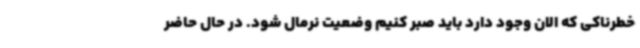
خطرناکی که الان وجود دارد باید صبر کنیم وضعیت نرمال شود. در حال حاضر